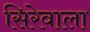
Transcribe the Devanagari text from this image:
सिरेवाला